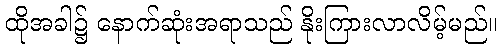
ထိုအခါ၌ နောက်ဆုံးအရာသည် နိုးကြားလာလိမ့်မည်။